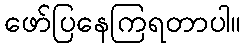
ဖော်ပြနေကြရတာပါ။